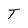
Character: T